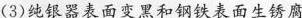
(3)纯银器表面变黑和钢铁表面生锈腐